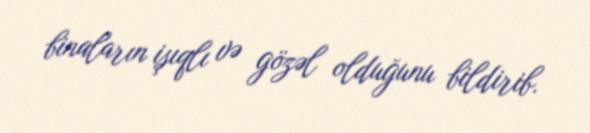
binaların işıqlı və gözəl olduğunu bildirib.